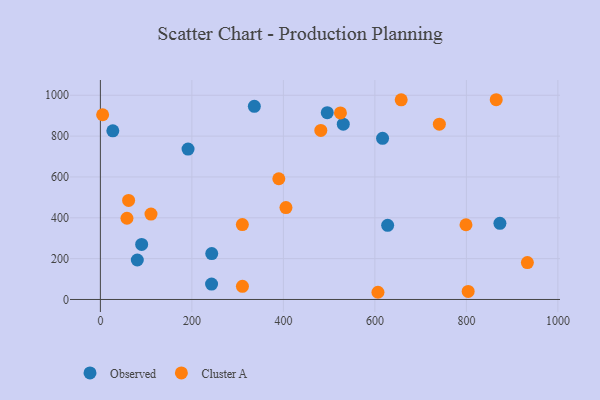
{"axis": {"x": "Price", "y": "Sales"}, "legend": ["Cluster A", "Observed"], "data": [{"x": "336.5", "y": 946.0, "type": "Observed"}, {"x": "243.4", "y": 224.8, "type": "Observed"}, {"x": "27.2", "y": 826.0, "type": "Observed"}, {"x": "90.2", "y": 269.8, "type": "Observed"}, {"x": "530.9", "y": 858.3, "type": "Observed"}, {"x": "873.3", "y": 373.0, "type": "Observed"}, {"x": "627.9", "y": 363.3, "type": "Observed"}, {"x": "495.9", "y": 914.6, "type": "Observed"}, {"x": "191.6", "y": 736.5, "type": "Observed"}, {"x": "616.8", "y": 789.1, "type": "Observed"}, {"x": "243.0", "y": 75.3, "type": "Observed"}, {"x": "80.7", "y": 193.3, "type": "Observed"}, {"x": "405.6", "y": 449.9, "type": "Cluster A"}, {"x": "4.9", "y": 904.6, "type": "Cluster A"}, {"x": "110.6", "y": 418.4, "type": "Cluster A"}, {"x": "524.7", "y": 913.5, "type": "Cluster A"}, {"x": "865.2", "y": 978.2, "type": "Cluster A"}, {"x": "799.1", "y": 366.0, "type": "Cluster A"}, {"x": "740.9", "y": 858.3, "type": "Cluster A"}, {"x": "310.5", "y": 64.4, "type": "Cluster A"}, {"x": "481.8", "y": 827.8, "type": "Cluster A"}, {"x": "933.3", "y": 180.5, "type": "Cluster A"}, {"x": "606.7", "y": 35.3, "type": "Cluster A"}, {"x": "58.1", "y": 397.7, "type": "Cluster A"}, {"x": "657.5", "y": 977.8, "type": "Cluster A"}, {"x": "310.3", "y": 366.6, "type": "Cluster A"}, {"x": "803.9", "y": 39.7, "type": "Cluster A"}, {"x": "390.0", "y": 591.1, "type": "Cluster A"}, {"x": "61.7", "y": 485.3, "type": "Cluster A"}]}